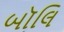
બૉલિ